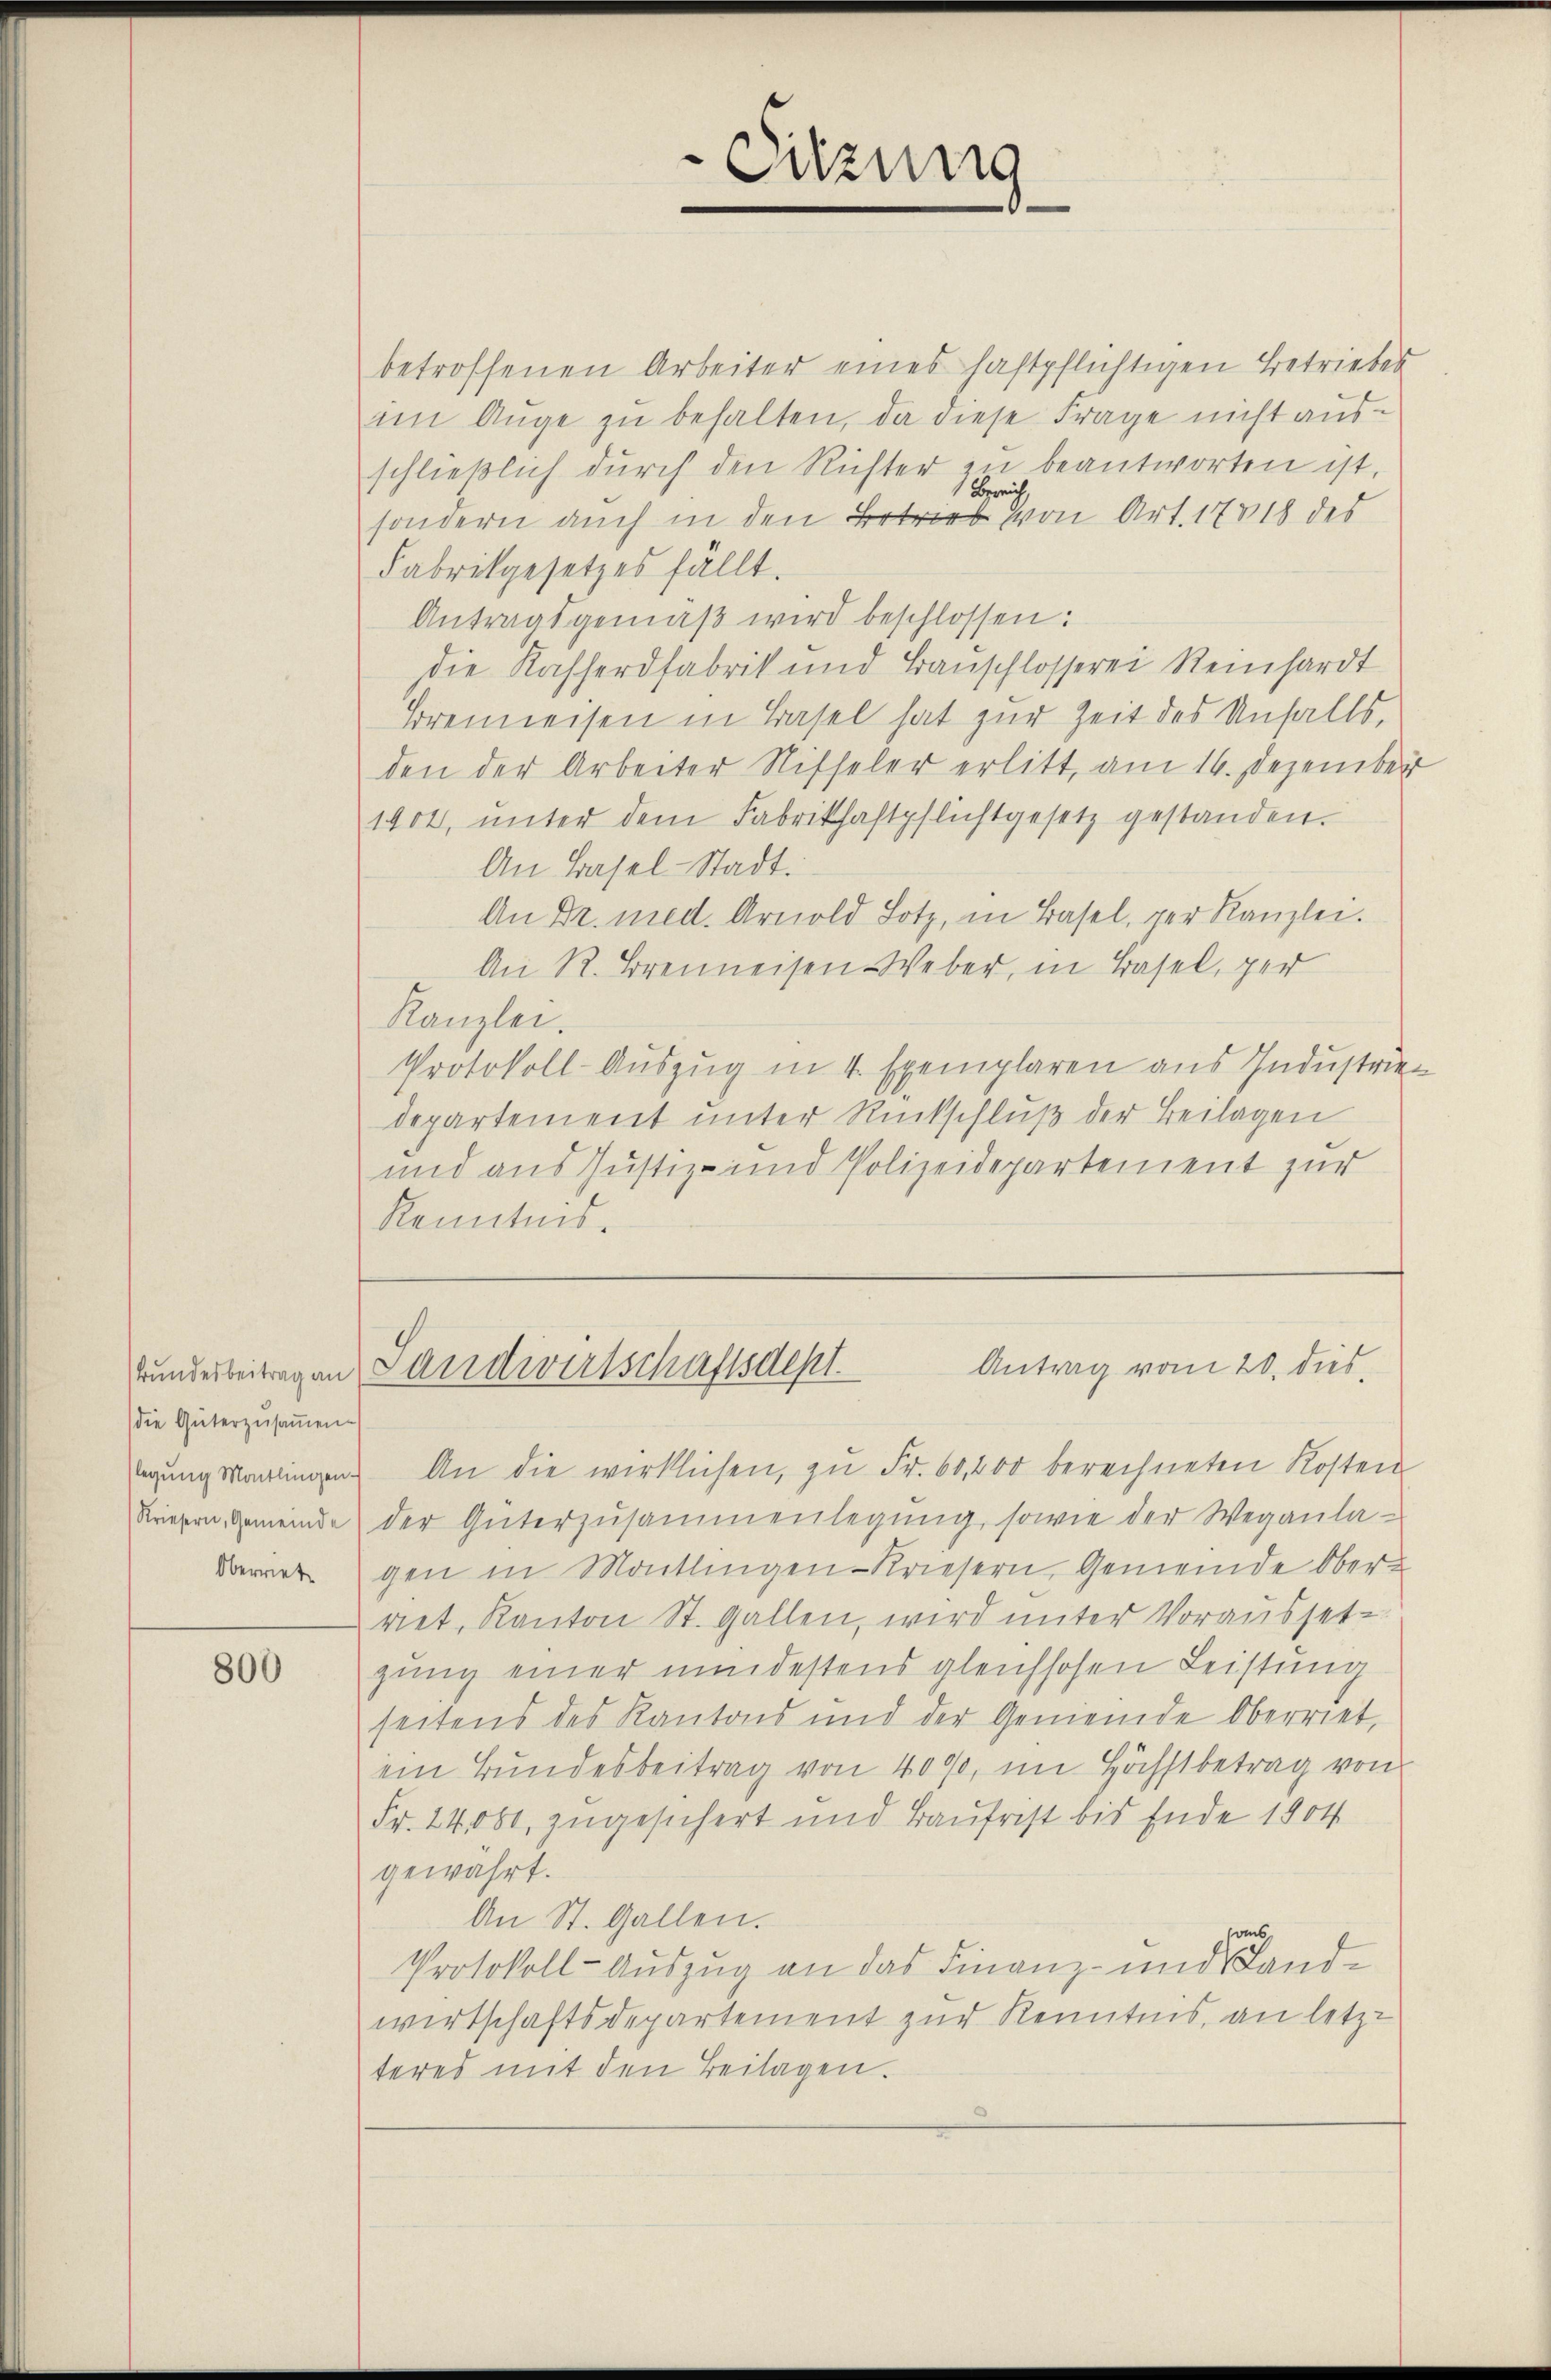
(die Güterzusammen.

800

betroffenen Arbeiter eines haftpflichtigen Betriebes
im Auge zŭ behalten, da diese Frage nicht aus
schlieβlich dŭrch den Richter zŭ beantworten ist.
 Bereich,
sondern auch in den Betrieb von Art. 17818 des
Fabrikgesetzes fällt.
Antragsgemäβ wird beschlossen:
die Kasserdfabrik und Bauschlosserei Reinhardt
Brenneisen in Basel hat zur Zeit des Unfalls,
den der Arbeiter Nifseler erlitt, am 16. Dezember
1904, ŭnter dem Fabrithaftpflichtgesetz gestanden.
An Basel-Stadt.
An Dr. med. Arnold Lotz, in Basel, der Kanzlei.
An R. Brenneisen Weber, in Basel, per
Kanzlei.
Protokoll-Auszug in 4 Exemplaren aus Industrien
departement unter Rückschluß der Beilagen
und aus Justiz- und Polizeidepartement zur
Kenntnis.

Sitzung

Antrag vom 20. dies
kunderbeitragen Landwirtschaftsdept.

legŭng Martingen. An die wirklichen, zŭ Fr. 60,000 berechneten Kosten
Kriegen, Gemeinde der Güterzŭsammenlegŭng, sowie der Wegaŭla-
Darrer gen in Moitlingen-Kriesern, Gemeinde Oberriet. Kanton St. Gallen, wird unter Vorausset-
gung einer mindestens gleichhofen Leistung
seitens des Kantons und der Gemeinde Oberriet,
ein Bundesbeitrag von 4000, im Höchstbetrag von
Fr. 14081, zugesichert und Baufrist bis Ende 1804
gewährt.
An St. Gallen.
Protokoll-Auszug an das Finanz- und Sandwirtschaftsdepartement zur Kenntnis, an letzt
teres mit den Beilagen.